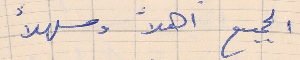
الجميع اهلاً وسهلاً